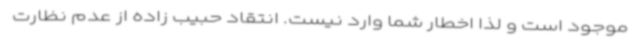
موجود است و لذا اخطار شما وارد نیست. انتقاد حبیب زاده از عدم نظارت